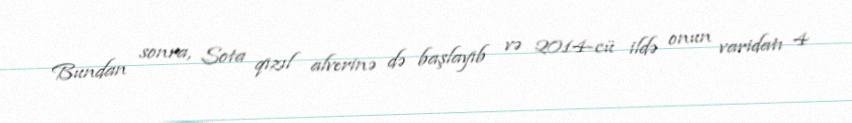
Bundan sonra, Sota qızıl alverinə də başlayıb və 2014-cü ildə onun varidatı 4